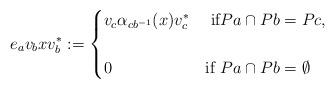
LaTeX: \begin{align*} e_{a}v_{b}xv_{b}^{*}:=\begin{cases} v_{c}\alpha_{cb^{-1}}(x)v_{c}^{*} & \mbox{ if} Pa \cap Pb = Pc,\cr &\cr 0 & \mbox{if } Pa \cap Pb =\emptyset \end{cases}\end{align*}